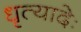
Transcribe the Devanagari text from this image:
धृत्यादेः